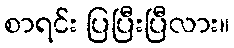
စာရင်း ပြပြီးပြီလား။